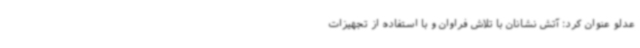
عدلو عنوان کرد: آتش نشانان با تلاش فراوان و با استفاده از تجهیزات